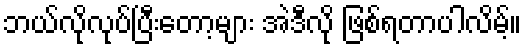
ဘယ်လိုလုပ်ပြီးတော့များ အဲဒီလို ဖြစ်ရတာပါလိမ့်။